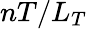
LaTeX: nT/L_{T}